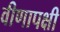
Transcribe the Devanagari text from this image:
वीणापक्षी